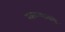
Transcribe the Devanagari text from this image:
खळग्याकडे